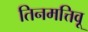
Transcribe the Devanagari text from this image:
तिनमत्तिवू